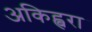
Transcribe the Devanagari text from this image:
अकिह्बरा